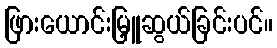
ဖြားယောင်းမြှူဆွယ်ခြင်းပင်။